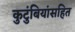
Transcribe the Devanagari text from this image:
कुटुंबियांसहित